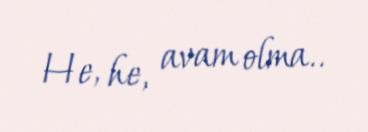
He, he, avam olma..